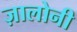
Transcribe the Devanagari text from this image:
ज़ालोनी